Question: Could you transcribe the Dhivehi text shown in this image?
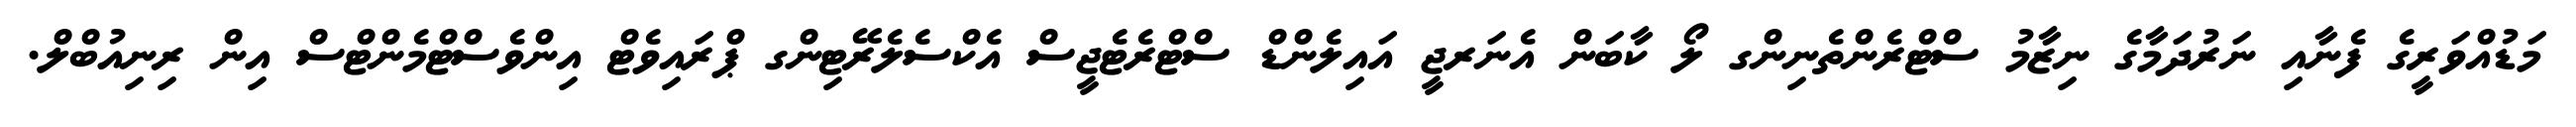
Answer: މަޑުއްވަރީގެ ފެނާއި ނަރުދަމާގެ ނިޒާމު ސްޓްރެންތެނިންގ ލޯ ކާބަން އެނަރޖީ އައިލެންޑް ސްޓްރެޓެޖީސް އެކްސެލެރޭޓިންގ ޕްރައިވެޓް އިންވެސްޓްމެންޓްސް އިން ރިނިއުބްލް.